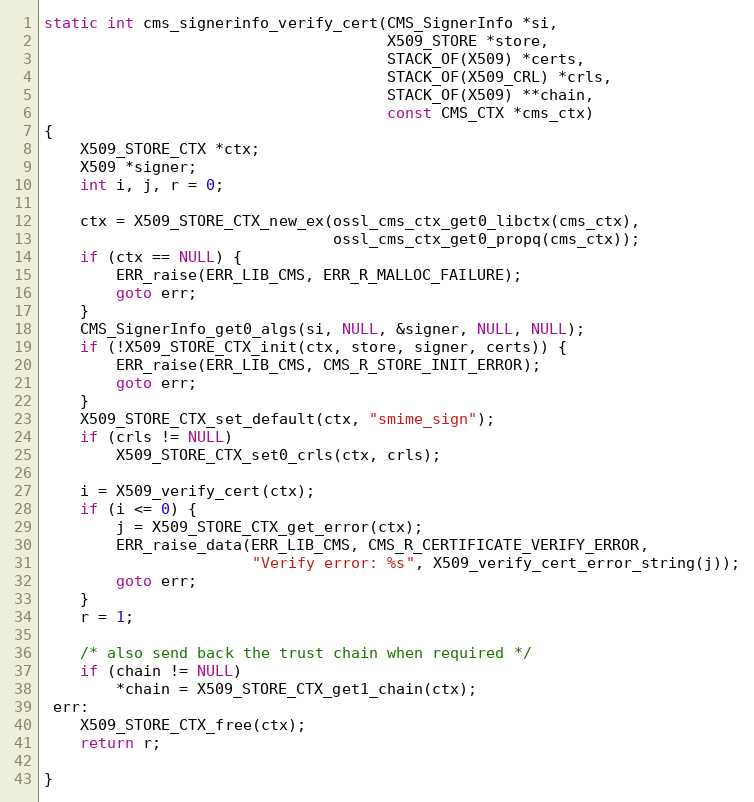
Language: C
static int cms_signerinfo_verify_cert(CMS_SignerInfo *si,
                                      X509_STORE *store,
                                      STACK_OF(X509) *certs,
                                      STACK_OF(X509_CRL) *crls,
                                      STACK_OF(X509) **chain,
                                      const CMS_CTX *cms_ctx)
{
    X509_STORE_CTX *ctx;
    X509 *signer;
    int i, j, r = 0;

    ctx = X509_STORE_CTX_new_ex(ossl_cms_ctx_get0_libctx(cms_ctx),
                                ossl_cms_ctx_get0_propq(cms_ctx));
    if (ctx == NULL) {
        ERR_raise(ERR_LIB_CMS, ERR_R_MALLOC_FAILURE);
        goto err;
    }
    CMS_SignerInfo_get0_algs(si, NULL, &signer, NULL, NULL);
    if (!X509_STORE_CTX_init(ctx, store, signer, certs)) {
        ERR_raise(ERR_LIB_CMS, CMS_R_STORE_INIT_ERROR);
        goto err;
    }
    X509_STORE_CTX_set_default(ctx, "smime_sign");
    if (crls != NULL)
        X509_STORE_CTX_set0_crls(ctx, crls);

    i = X509_verify_cert(ctx);
    if (i <= 0) {
        j = X509_STORE_CTX_get_error(ctx);
        ERR_raise_data(ERR_LIB_CMS, CMS_R_CERTIFICATE_VERIFY_ERROR,
                       "Verify error: %s", X509_verify_cert_error_string(j));
        goto err;
    }
    r = 1;

    /* also send back the trust chain when required */
    if (chain != NULL)
        *chain = X509_STORE_CTX_get1_chain(ctx);
 err:
    X509_STORE_CTX_free(ctx);
    return r;

}